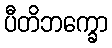
ပီတိဘက္ခော